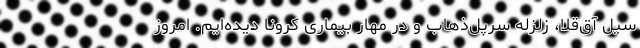
سیل آق‌قلا، زلزله سرپل‌ذهاب و در مهار بیماری کرونا دیده‌ایم. امروز